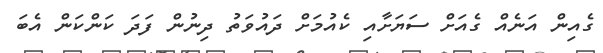
ގެއިން އަނެއް ގެއަށް ސަޔަށާއި ކެއުމަށް ދައުވަތު ދިނުން ފަދަ ކަންކަން އެބަ